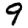
Digit: 9